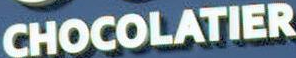
CHOCOLATIER